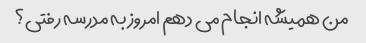
من همیشه انجام می دهم امروز به مدرسه رفتی؟